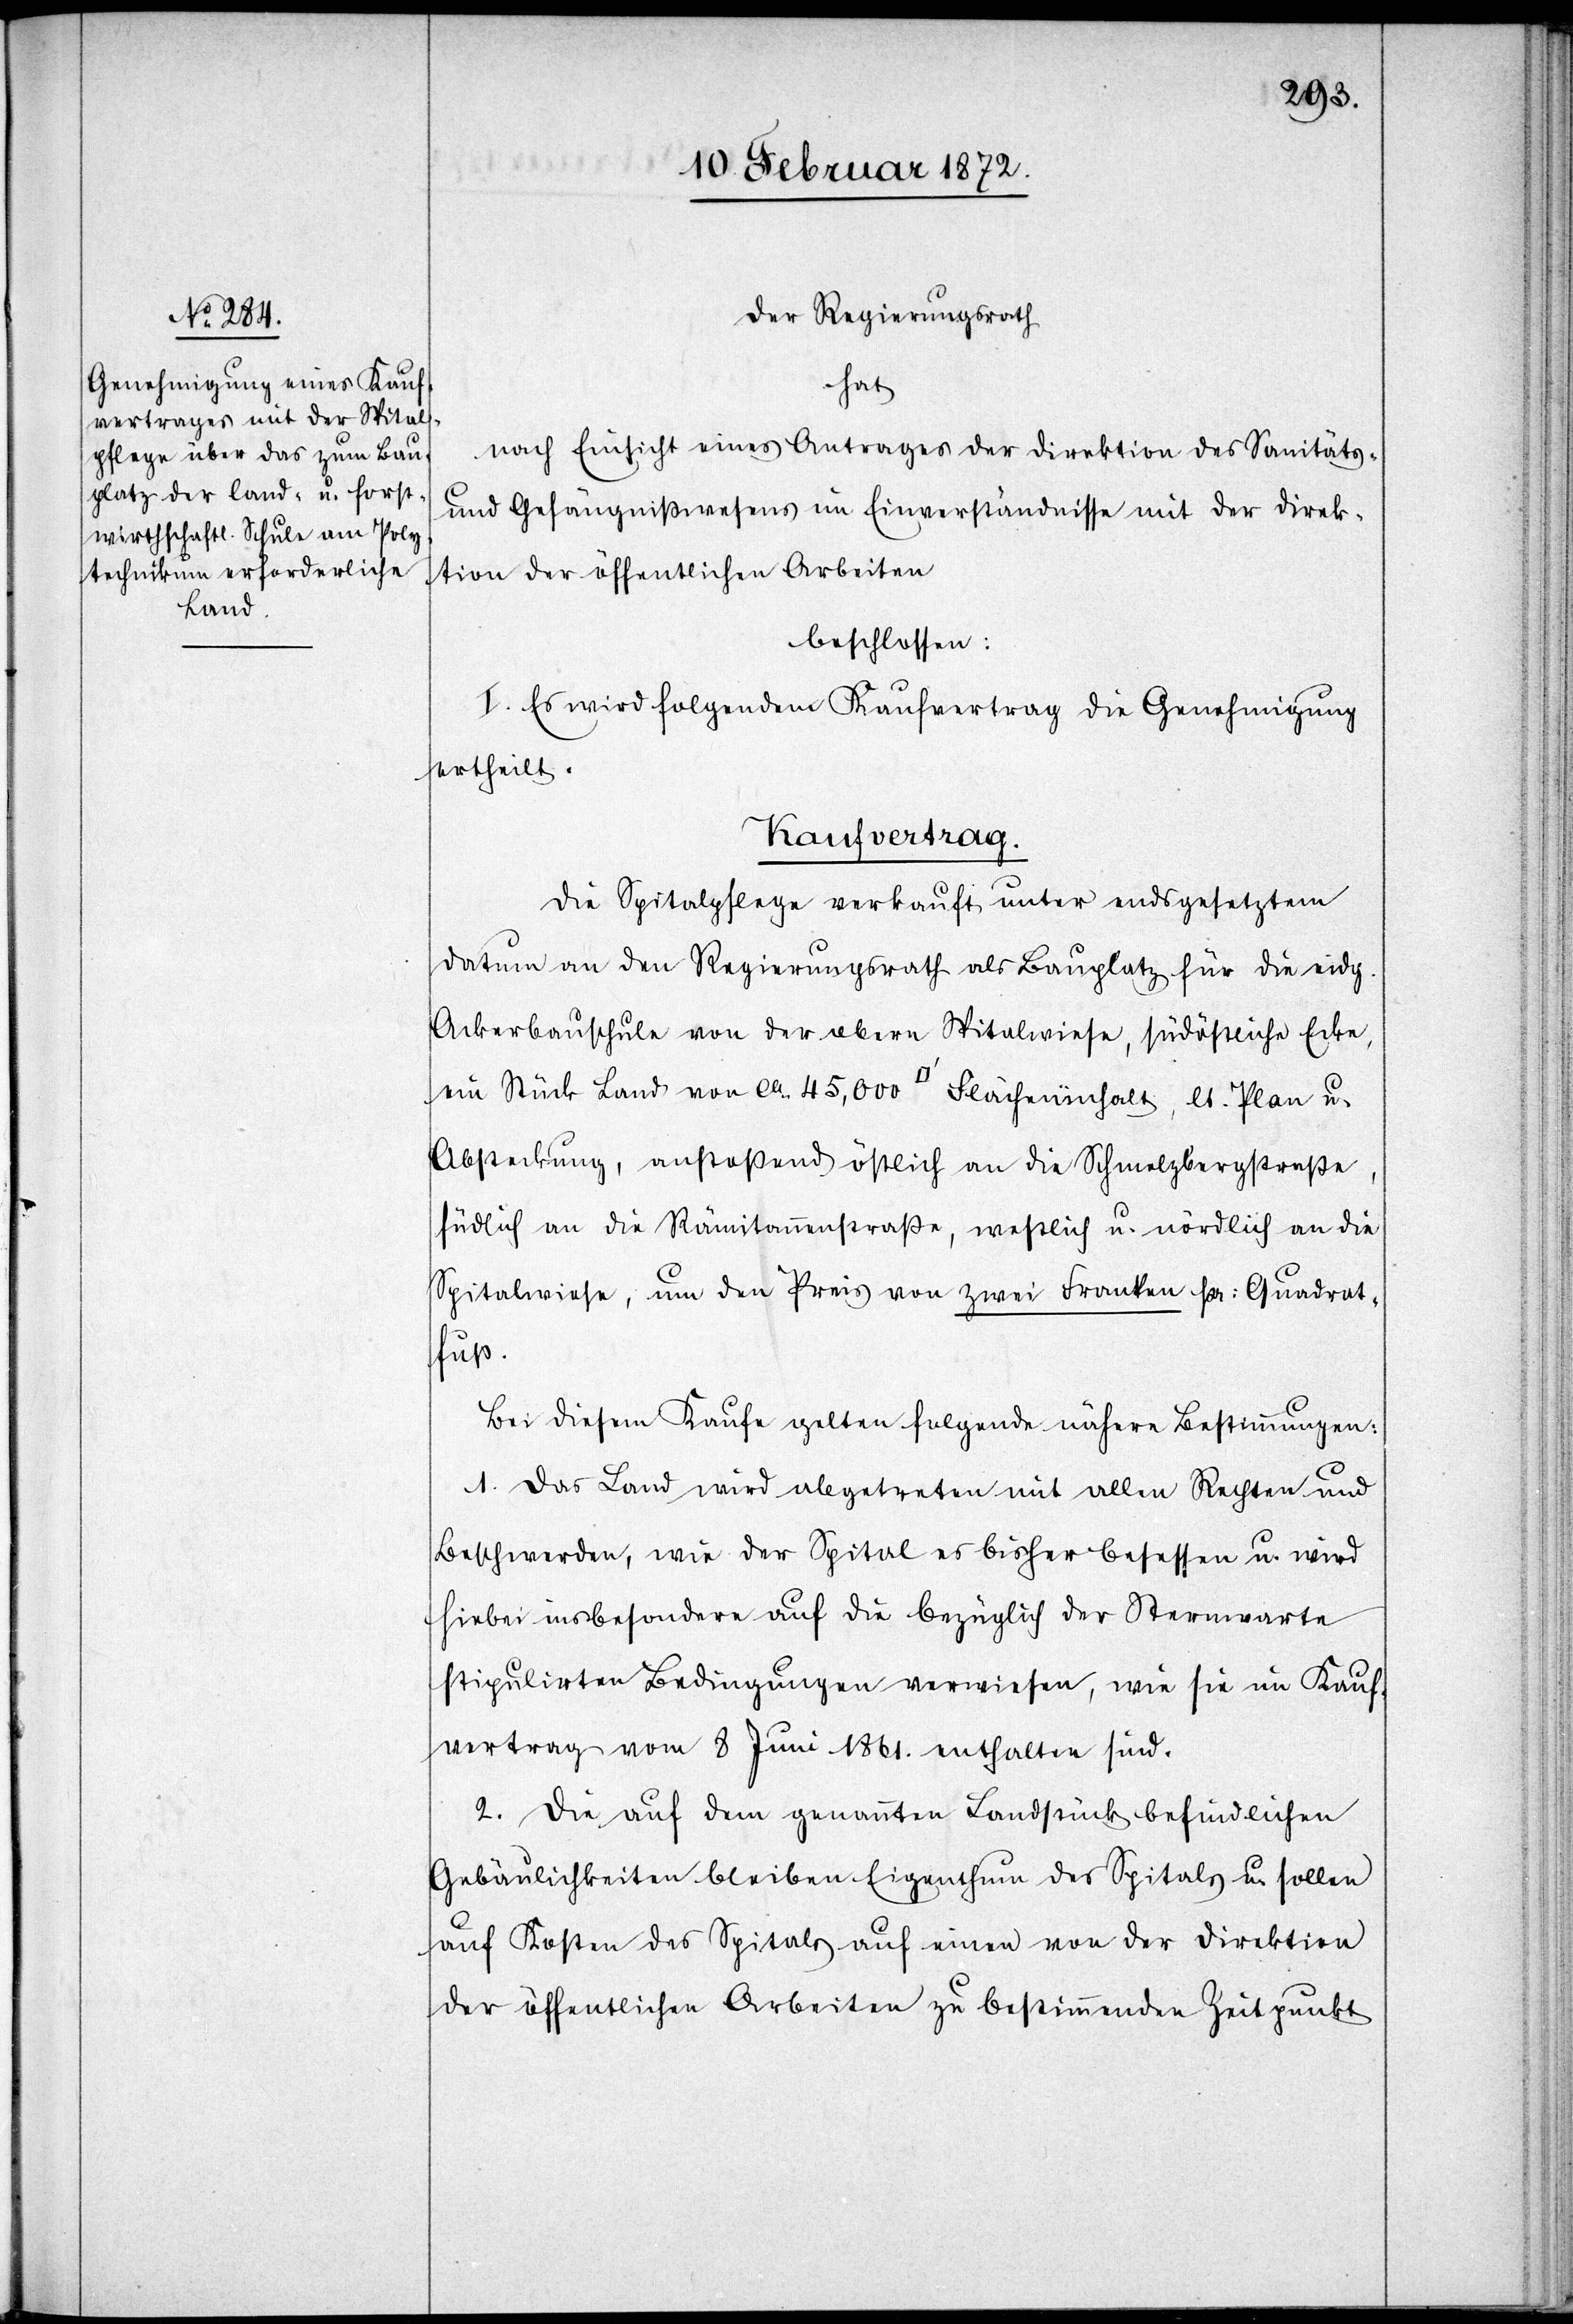
Der Regierungsrath
hat
nach Einsicht eines Antrages der Direktion des Sanitäts-
u. Gefängnißwesens im Einverständnisse mit der Direk¬
tion der öffentlichen Arbeiten
beschlossen:
I. Es wird folgendem Kaufvertrag die Genehmigung
ertheilt.
Kaufvertrag.
Die Spitalpflege verkauft unter endsgesetztem
Datum an den Regierungsrath als Bauplatz für die eidg.
Ackerbauschule von der obern Spitalwiese, südöstliche Ecke
ein Stück Land von ca 45,000 [Quadratfuss] Flächeninhalt, lt. Plan u.
Absteckung, anstoßend östlich an die Schmelzbergstraße,
südlich an die Rämitannenstraße, westlich u. nördlich an die
Spitalwiese, um den Preis von zwei Franken pr. Quadrat¬
fuß.
Bei diesem Kaufe gelten folgende nähere Bestimmungen:
1. Das Land wird abgetreten mit allen Rechten und
Beschwerden, wie der Spital es bisher besessen u. wird
hiebei insbesondere auf die bezüglich der Sternwarte
stipulirten Bedingungen erwiesen, wie sie im Kauf¬
vertrag vom 8 Juni 1861. enthalten sind.
2. Die auf dem genannten Landstück befindlichen
Gebäulichkeiten bleiben Eigenthum des Spitals u. sollen
auf Kosten des Spitals auf einen von der Direktion
der öffentlichen Arbeiten zu bestimmenden Zeitpunkt